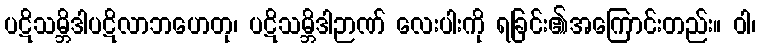
ပဋိသမ္ဘိဒါပဋိလာဘဟေတု၊ ပဋိသမ္ဘိဒါဉာဏ် လေးပါးကို ရခြင်း၏အကြောင်းတည်း။ ဝါ၊